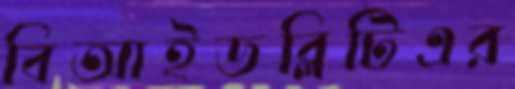
বিআইডব্লিটিএর